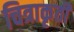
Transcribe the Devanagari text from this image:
चित्राकृती